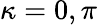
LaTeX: \kappa=0,\pi